Vaccination North-Western Provinces and Oudh 1878-1895 - 1878-1895
Year: 1878
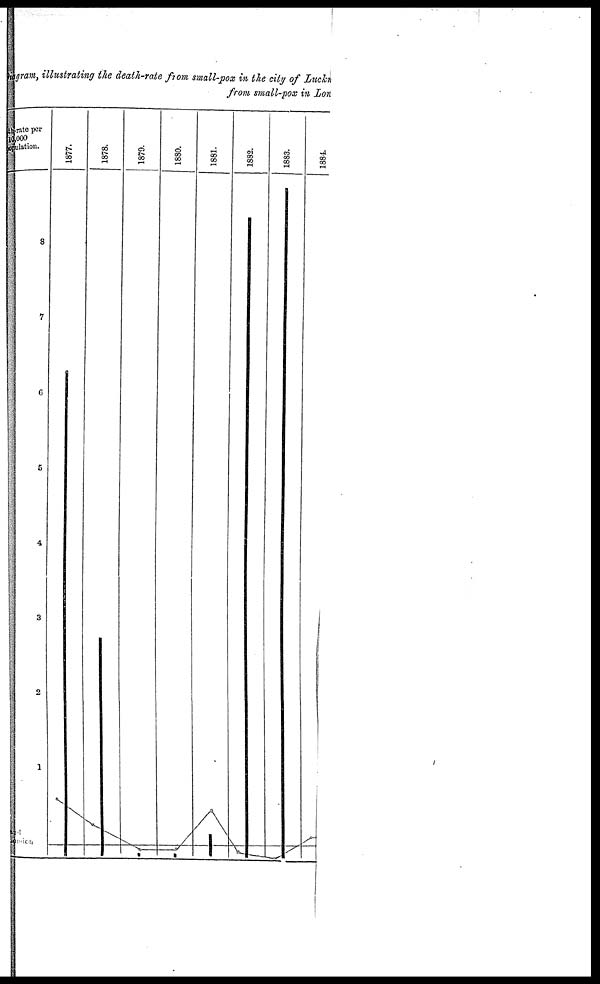
Diagram, illustrating the death-rate from s
from small-pox in Lon